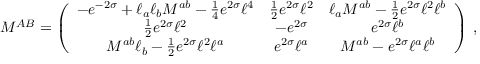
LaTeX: M ^ { A B } = \left( \begin{array} { c c c } { { - e ^ { - 2 \sigma } + \ell _ { a } \ell _ { b } { { M } } ^ { a b } - \frac { 1 } { 4 } e ^ { 2 \sigma } { \ell } ^ { 4 } } } & { { \frac { 1 } { 2 } e ^ { 2 { \sigma } } { \ell } ^ { 2 } } } & { { { \ell } _ { a } { M } ^ { a b } - \frac { 1 } { 2 } e ^ { 2 { \sigma } } { \ell } ^ { 2 } { \ell } ^ { b } } } \\ { { \frac { 1 } { 2 } e ^ { 2 { \sigma } } { \ell } ^ { 2 } } } & { { - e ^ { 2 \sigma } } } & { { e ^ { 2 { \sigma } } { \ell } ^ { b } } } \\ { { { M } ^ { a b } { \ell } _ { b } - \frac { 1 } { 2 } e ^ { 2 { \sigma } } { \ell } ^ { 2 } { \ell } ^ { a } } } & { { e ^ { 2 { \sigma } } { \ell } ^ { a } } } & { { { M } ^ { a b } - e ^ { 2 \sigma } { \ell } ^ { a } { \ell } ^ { b } } } \end{array} \right) \, ,